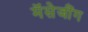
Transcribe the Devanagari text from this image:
मॅसेजींग